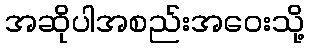
အဆိုပါအစည်းအဝေးသို့